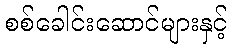
စစ်ခေါင်းဆောင်များနှင့်